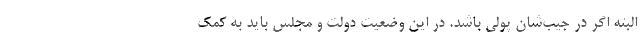
البته اگر در جیب‌شان پولی باشد. در این وضعیت دولت و مجلس باید به کمک